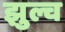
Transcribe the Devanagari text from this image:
झुल्च